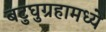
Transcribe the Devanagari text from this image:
बटुघुग्रहामध्ये